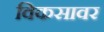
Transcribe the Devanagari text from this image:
विकसावर